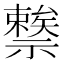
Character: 𥜖